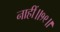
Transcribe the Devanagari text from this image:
नाहीं॥१९॥